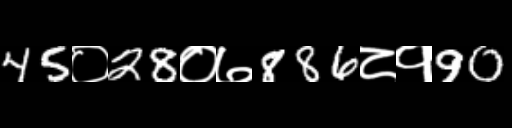
Text: 45०28०७886८१90